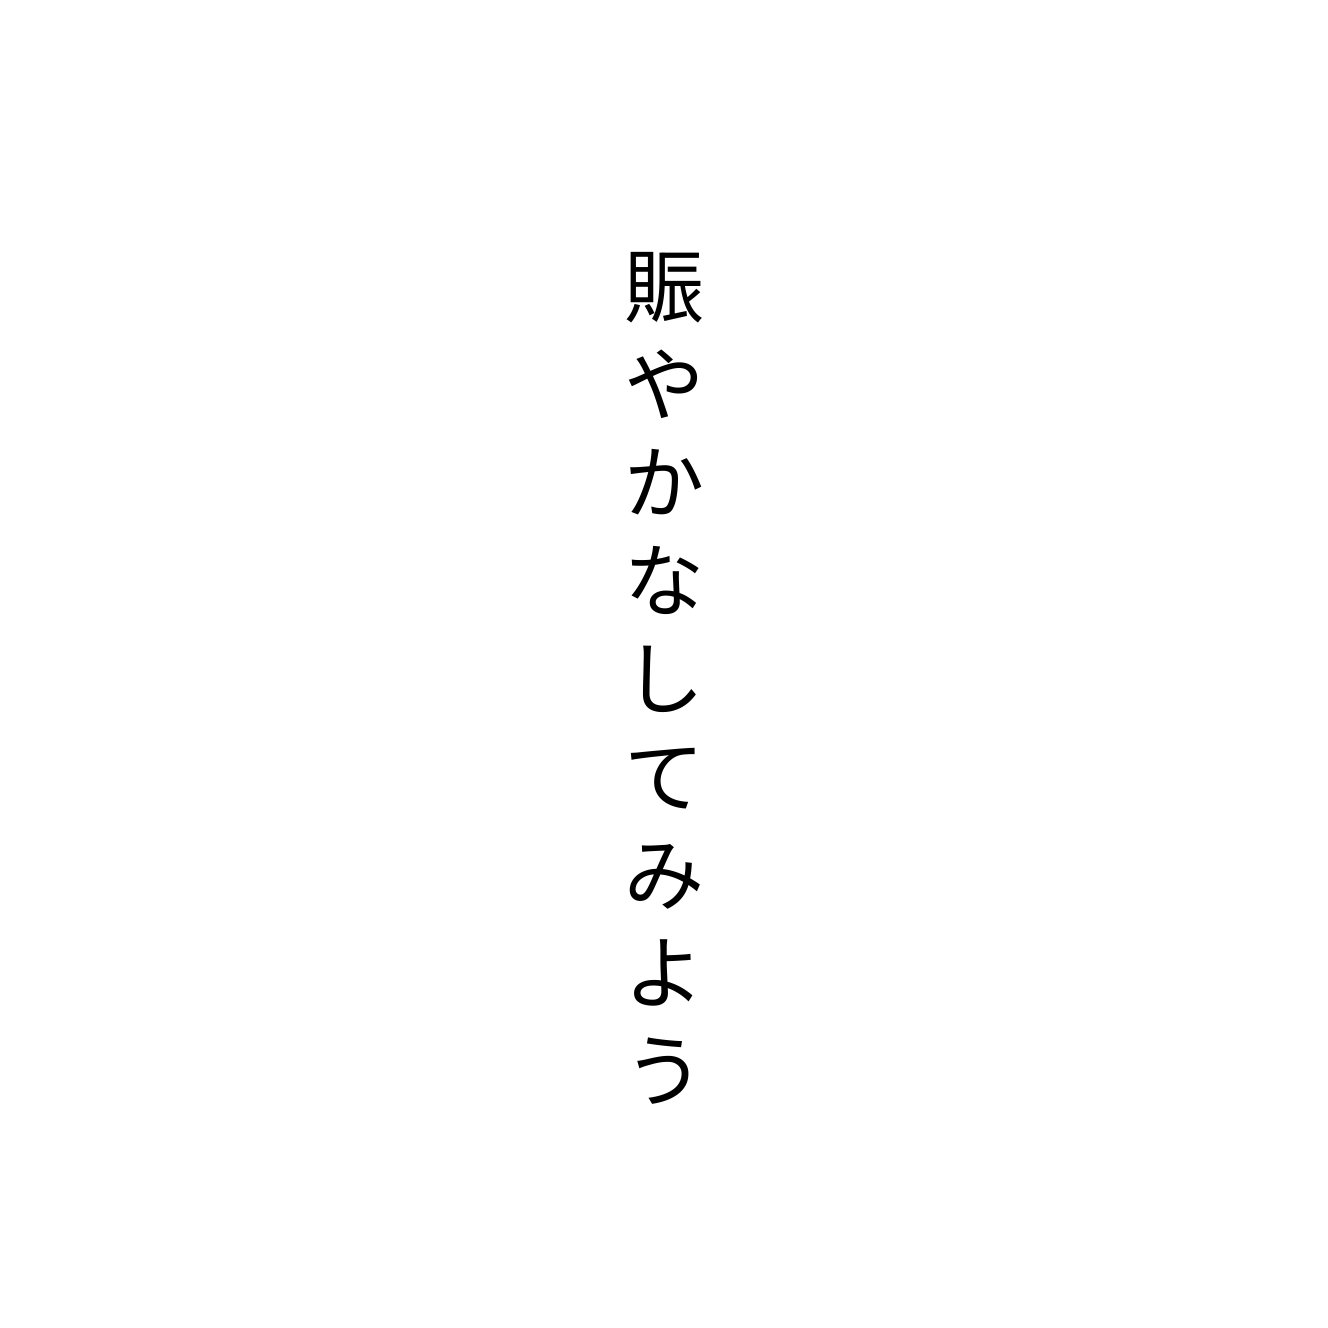
賑やかなしてみよう